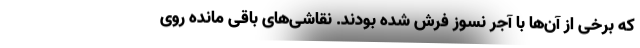
که برخی از آن‌ها با آجر نسوز فرش شده بودند. نقاشی‌های باقی مانده روی